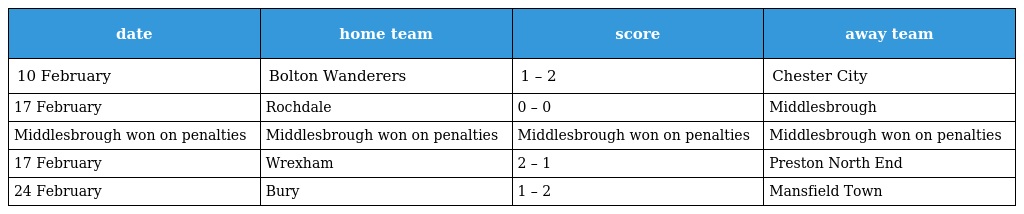
| date | home team | score | away team |
 | --- | --- | --- | --- |
 | 10 February | Bolton Wanderers | 1 – 2 | Chester City |
 | 17 February | Rochdale | 0 – 0 | Middlesbrough |
 | Middlesbrough won on penalties | Middlesbrough won on penalties | Middlesbrough won on penalties | Middlesbrough won on penalties |
 | 17 February | Wrexham | 2 – 1 | Preston North End |
 | 24 February | Bury | 1 – 2 | Mansfield Town |